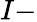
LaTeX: I-